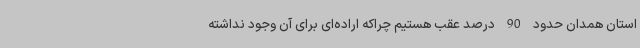
استان همدان حدود 90 درصد عقب هستیم چراکه اراده‌ای برای آن وجود نداشته